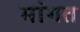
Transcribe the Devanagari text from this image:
मांगत